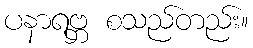
ပနာရဗ္ဘ စသည်တည်း။